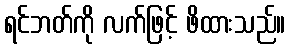
ရင်ဘတ်ကို လက်ဖြင့် ဖိထားသည်။